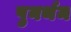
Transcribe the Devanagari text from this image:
पुनर्थम